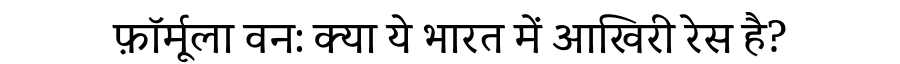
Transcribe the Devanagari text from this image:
फ़ॉर्मूला वन: क्या ये भारत में आखिरी रेस है?